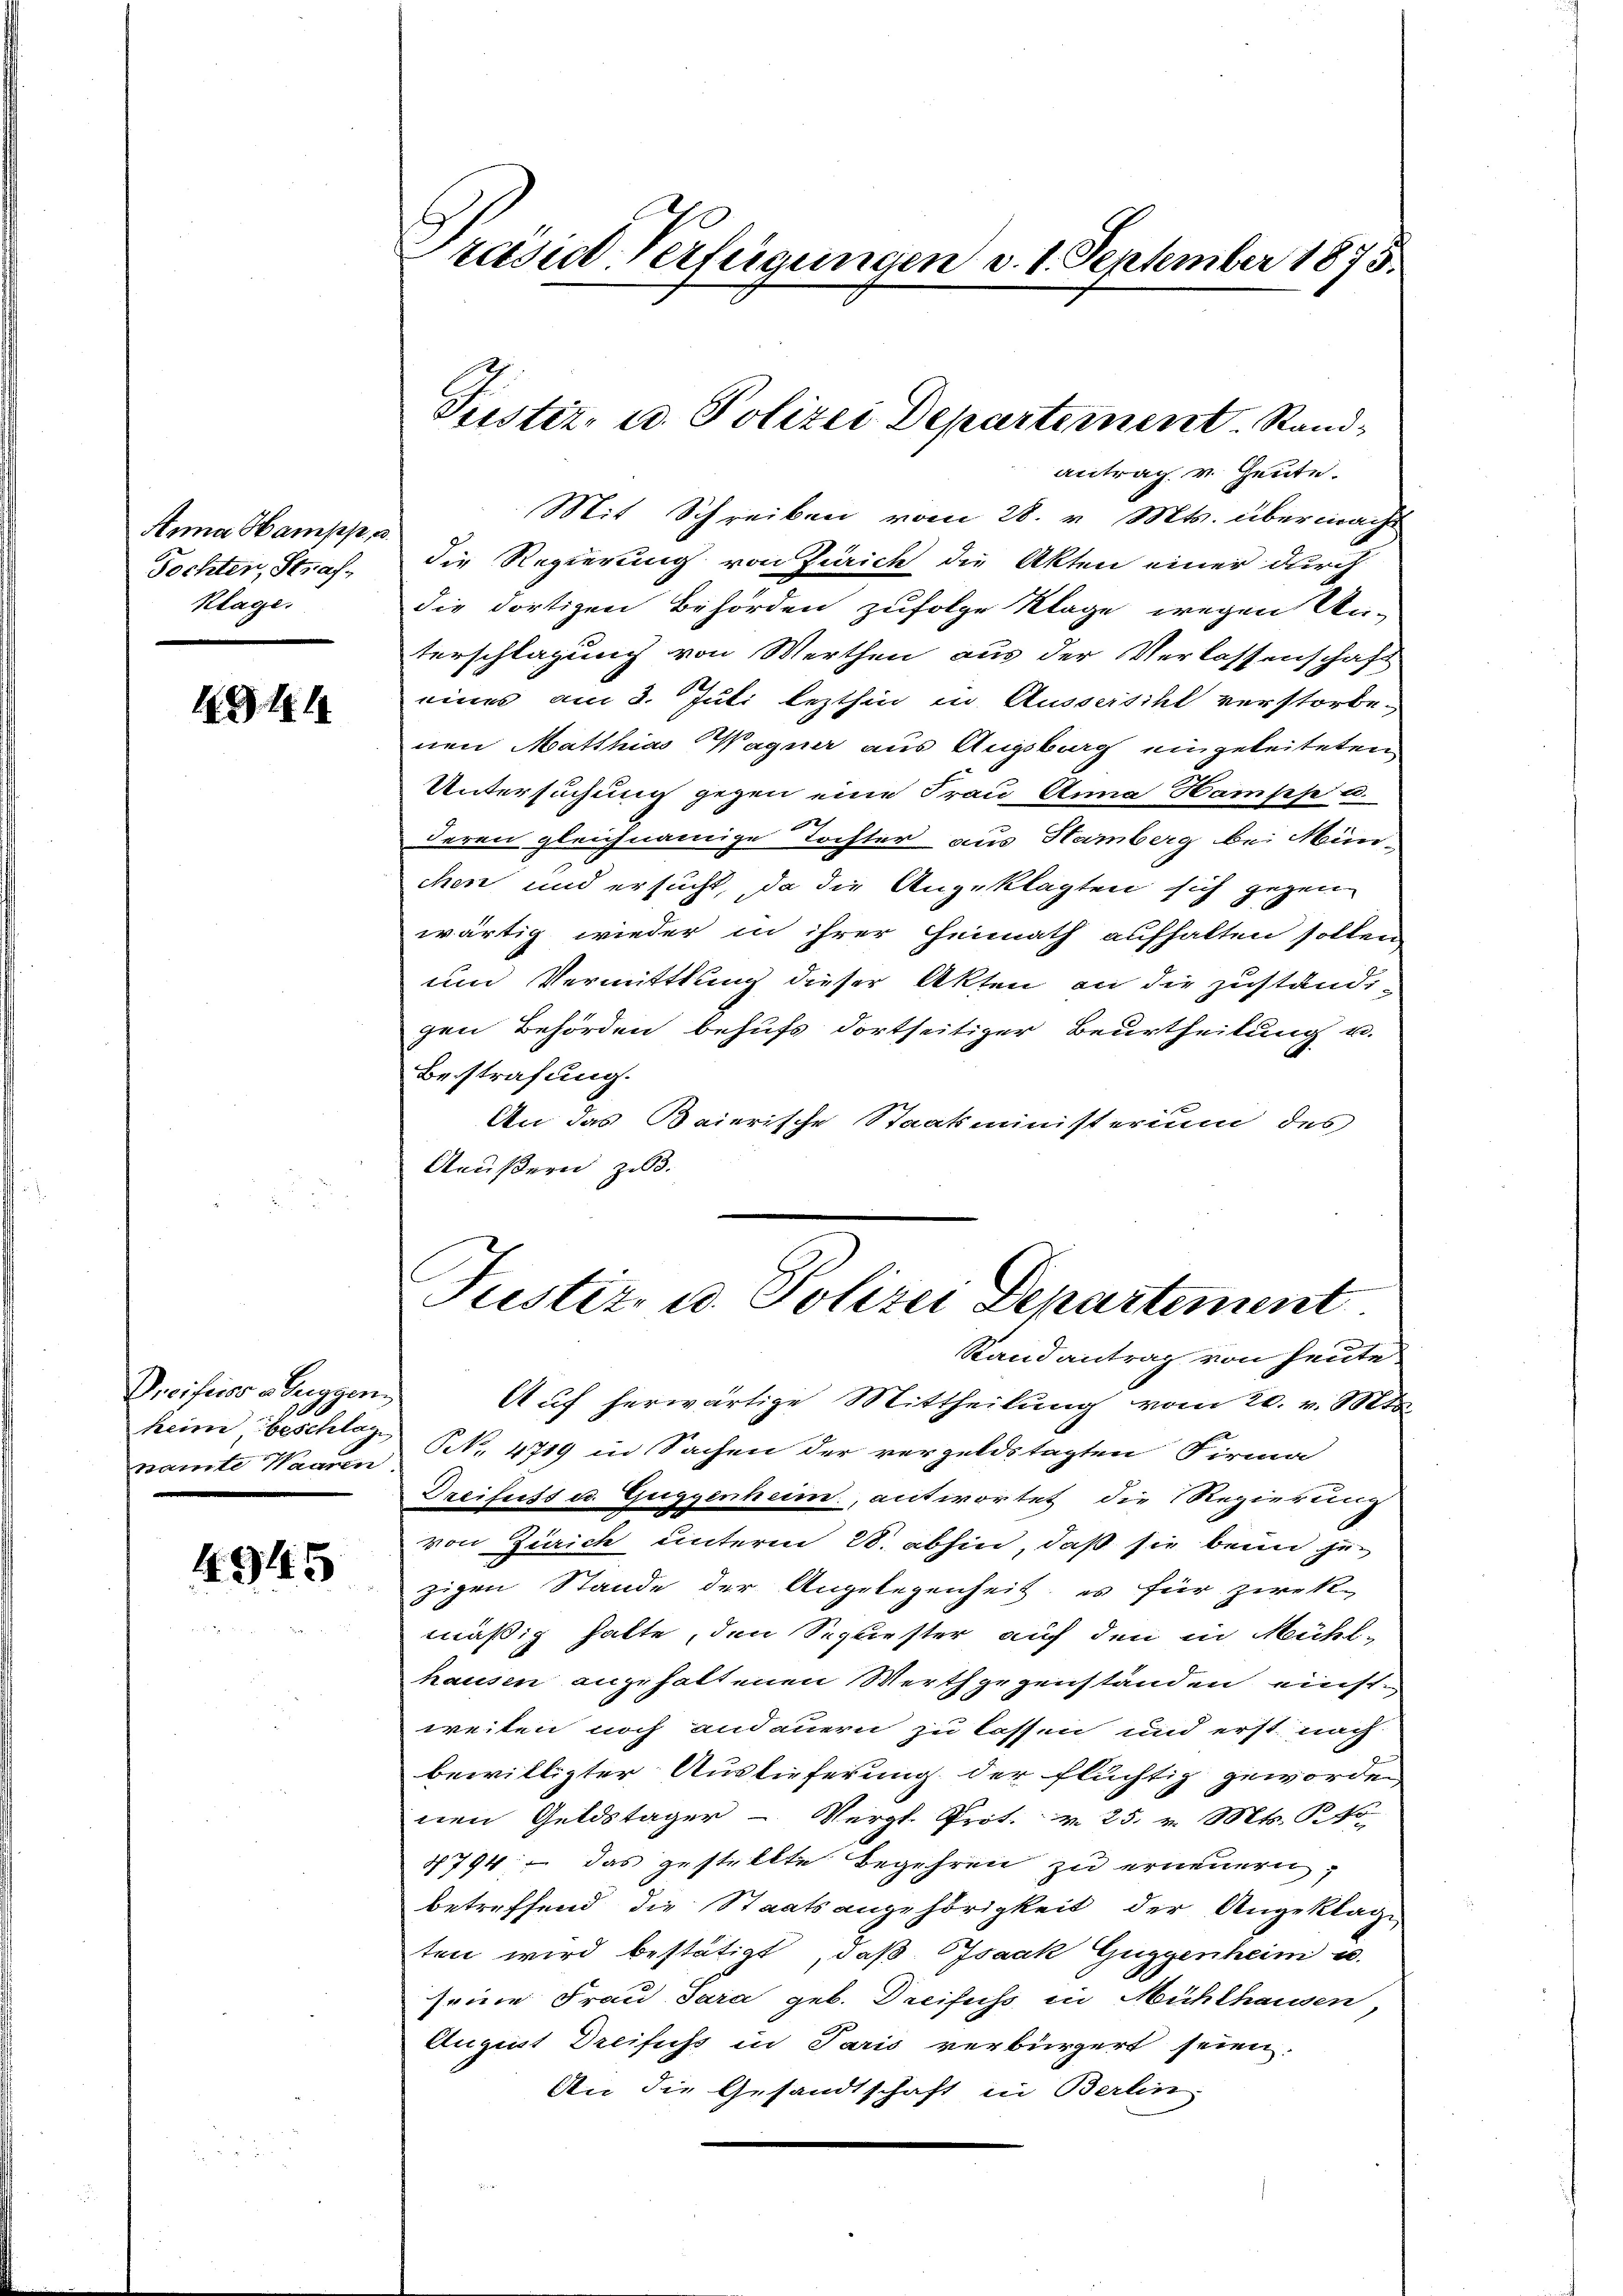
Anna Hampp, a.
Tochten, Straf¬
Klage.

.G. H.

Proifisor a Serggen
namte Waaren

4945

antrag v. Heute.
Mit Schreiben vom 28. v. Mts. übermacht
die Regierung von Zürich die Akten einer durch
die dortigen Behörden zufolge Klage wegen Un-
terschlagung von Werthen aus der Verlassenschaft
eines am 3. Juli lezthin in Aussersihl verstorbe-
nen Matthias Wagner aus Augsburg eingeleiteten
Untersuchung gegen eine Frau Anna Hampp u
deren gleichnamige Tochter aus Hamberg bei Mün-
chen und ersucht, da die Angeklagten sich gegen
wärtig wieder in ihrer Heimath aufhalten sollen
und Vermittlung dieser Akten an die zuständigen Behörden behufs dortseitiger Beurtheilung u.
Besstrafung.
An das Baierische Staatsministerium des
Aeußern zu 3.
Justiz- u. Polizei Departement.
Randantrag von heute
Auf herwärtige Mittheilung vom 20. v. Mts.
keine Beschlag No. 4719 in Sachen der vergeldstagten Firma
Dreifuss u. Guggenheim, antwortet die Regierung
von Zürich unterm 28. abhin, daß sie beim zuzigen Stande der Angelegenheit, es für zwek-
mäßig hatte, den Sepliester auf den in Mühl-
hausen angehaltenen Werth gegenständen einstweiten noch andauern zu lassen und erst nach
bewilligter Auslieferung der flüchtig geworden
nen Geldstager - Vergl. Prot. v. 25. v. Mts. P. No
4794 – das gestellte Begehren zu erneuern,
betreffend die Staatsangehörigkeit der Angeklage
ten wird bestätigt, daß Isaak Guggenheim u.
seine Frau Sara geb. Dreifuss in Mühlhausen,
August Dreifuss in Paris verbürgert seien.
An die Gesandtschaft in Berlin

Präside Verfügungen v. 1. September 1875.

Pustiz- u. Polizei Departement. Stand¬